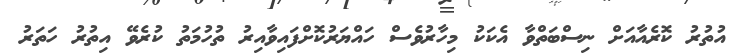
އުތުރު ކޮރެއާއަށް ނިސްބަތްވާ އެކަކު މިހާރުވެސް ހައްޔަރުކޮށްފައިވާއިރު ތުހުމަތު ކުރެވޭ އިތުރު ހަތަރު